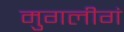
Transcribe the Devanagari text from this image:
मुगलीगं